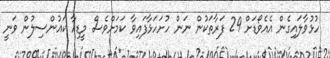
ހުޅުވާލައިގެން އެއެވޯޑަށް 29 ފަރާތަކުން ނަން ހުށަހަޅާފައިވާ ކަމަށްވެސް މީޑިއާ ކައުންސިލުން ވަނީ